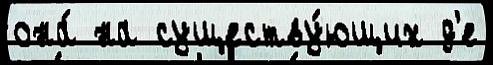
она́ на существу́ющих д'е